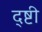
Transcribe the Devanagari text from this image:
द्ष्टी